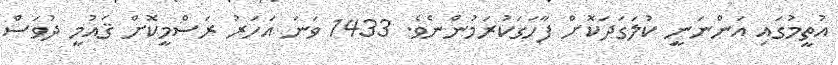
އުތީމުގައި އަންނަނީ ކުލަގަދަކޮށް ފާހަގަކުރަމުންނެވެ. 1433 ވަނަ އަހަރު ރަސްމީކޮށް ޤައުމީ ދުވަސް